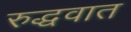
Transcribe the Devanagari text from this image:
रुद्धवात